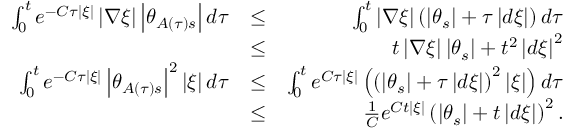
\begin{array} { r l r } { \int _ { 0 } ^ { t } e ^ { - C \tau \left\vert \xi \right\vert } \left\vert \nabla \xi \right\vert \left\vert \theta _ { A \left( \tau \right) s } \right\vert d \tau } & { \leq } & { \int _ { 0 } ^ { t } \left\vert \nabla \xi \right\vert \left( \left\vert \theta _ { s } \right\vert + \tau \left\vert d \xi \right\vert \right) d \tau } \\ & { \leq } & { t \left\vert \nabla \xi \right\vert \left\vert \theta _ { s } \right\vert + t ^ { 2 } \left\vert d \xi \right\vert ^ { 2 } } \\ { \int _ { 0 } ^ { t } e ^ { - C \tau \left\vert \xi \right\vert } \left\vert \theta _ { A \left( \tau \right) s } \right\vert ^ { 2 } \left\vert \xi \right\vert d \tau } & { \leq } & { \int _ { 0 } ^ { t } e ^ { C \tau \left\vert \xi \right\vert } \left( \left( \left\vert \theta _ { s } \right\vert + \tau \left\vert d \xi \right\vert \right) ^ { 2 } \left\vert \xi \right\vert \right) d \tau } \\ & { \leq } & { \frac { 1 } { C } e ^ { C t \left\vert \xi \right\vert } \left( \left\vert \theta _ { s } \right\vert + t \left\vert d \xi \right\vert \right) ^ { 2 } . } \end{array}